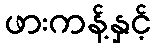
ဖားကန့်နှင့်